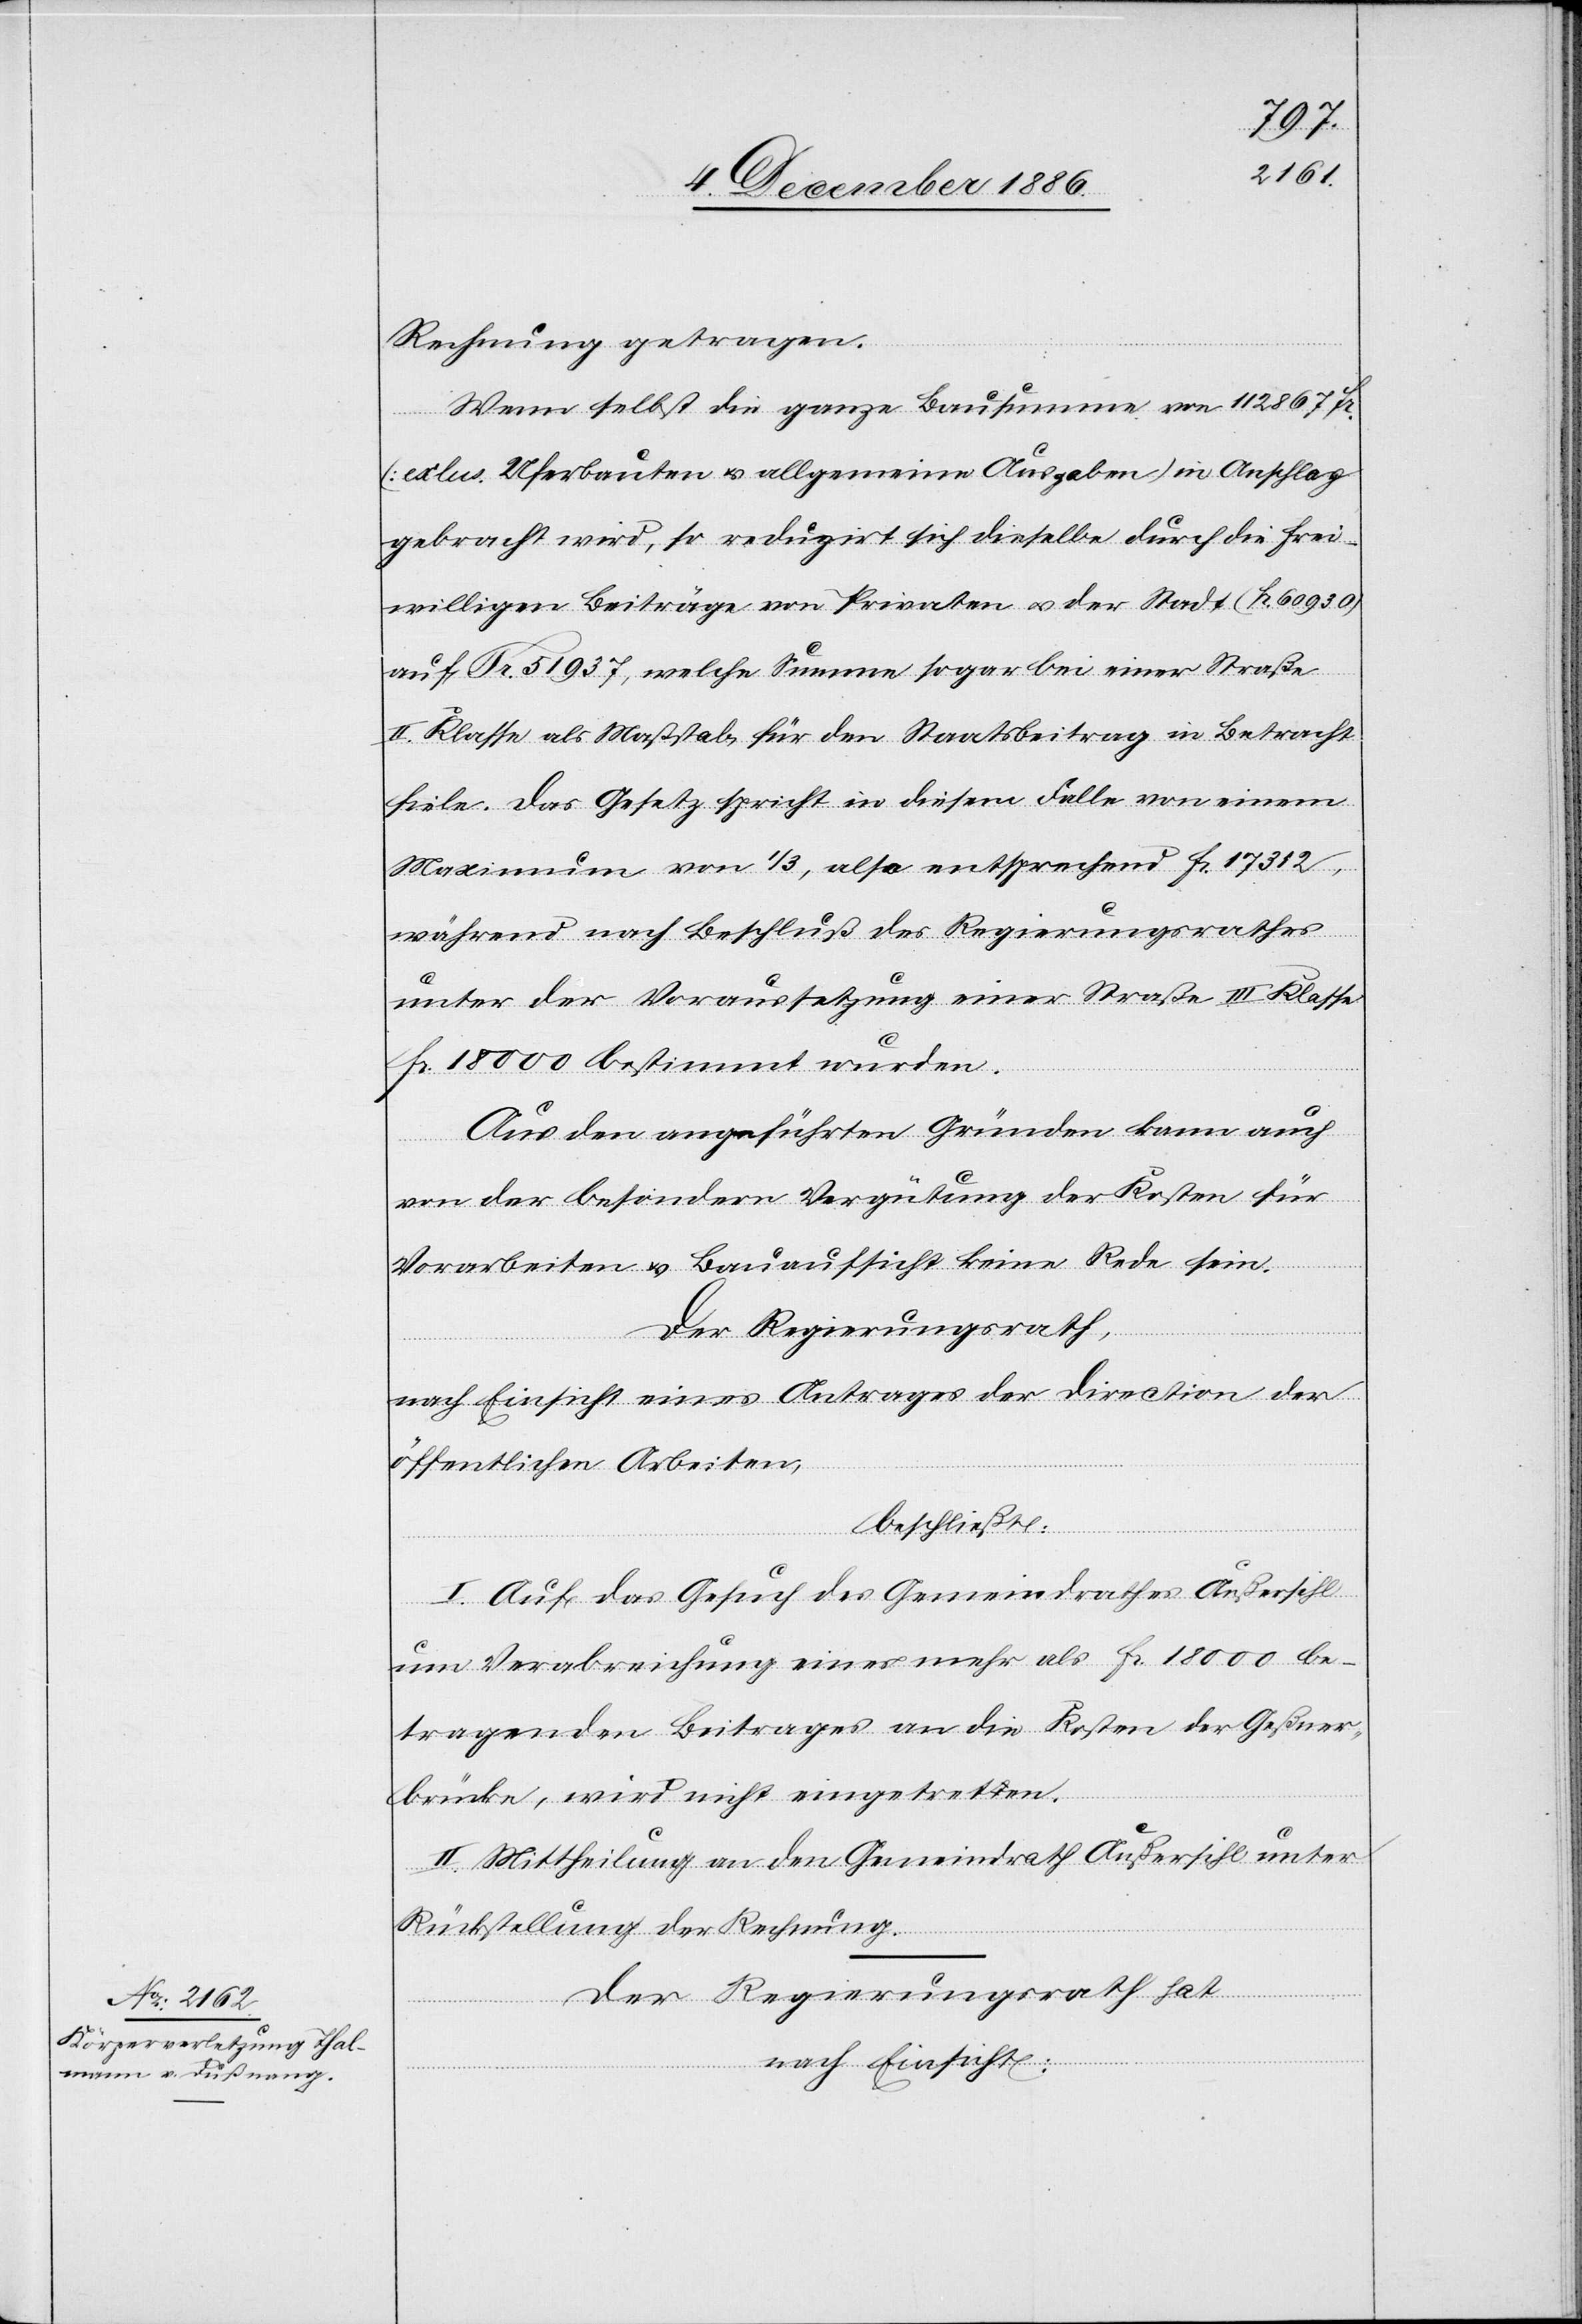
Rechnung getragen.
Wenn selbst die ganze Bausumme von 112 867 Fr.
(ex[c]lus. Uferbauten & allgemeine Ausgaben) in Anschlag
gebracht wird, so reduzirt sich dieselbe durch die frei¬
willigen Beiträge von Privaten & der Stadt (Fr. 60 930)
auf Fr. 51 937, welche Summe sogar bei einer Straße
II. Klasse als Maßstab für den Staatsbeitrag in Betracht
fiele. Das Gesetz spricht in diesem Falle von einem
Maximum von 1/3, also entsprechend Fr. 17 312,
während nach Beschluß des Regierungsrathes
unter der Voraussetzung einer Straße III. Klasse
Fr. 18 000 bestimmt wurden.
Aus den angeführten Gründen kann auch
von der besondern Vergütung der Kosten für
Vorarbeiten & Bauaufsicht keine Rede sein.
Der Regierungsrath,
nach Einsicht eines Antrages der Direction der
öffentlichen Arbeiten,
beschließt:
I. Auf das Gesuch des Gemeindrathes Außersihl
um Verabreichung eines mehr als Fr. 18 000 be¬
tragenden Beitrages an die Kosten der Geßner¬
brücke, wird nicht eingetreten.
II. Mittheilung an den Gemeindrath Außersihl unter
Rückstellung der Rechnung.
Der Regierungsrath hat
nach Einsicht: